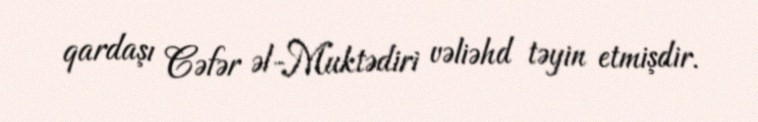
qardaşı Cəfər əl-Muktədiri vəliəhd təyin etmişdir.